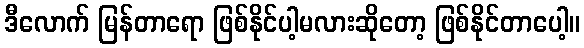
ဒီလောက် မြန်တာရော ဖြစ်နိုင်ပါ့မလားဆိုတော့ ဖြစ်နိုင်တာပေါ့။